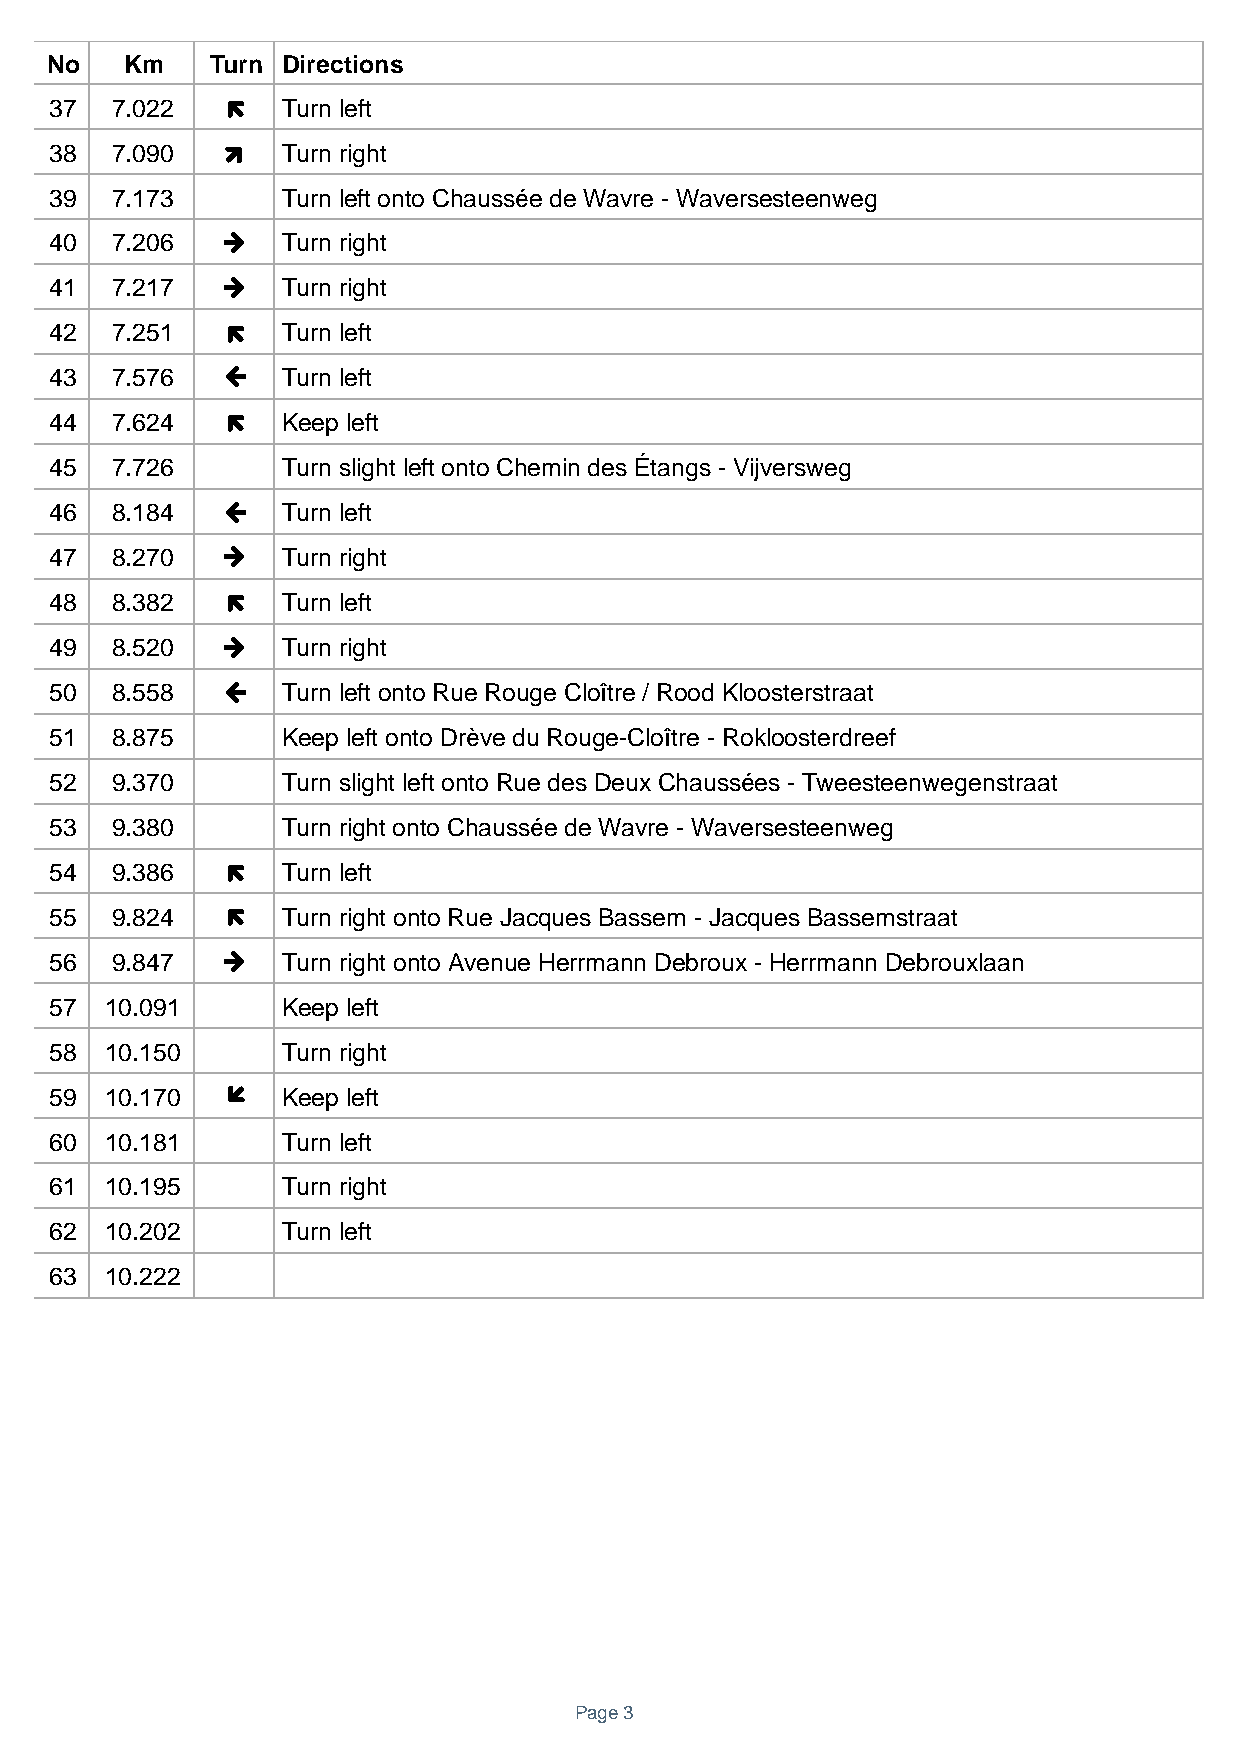
No   Km    Turn Directions
 37  7.022      Turn left
 38  7.090       Turn right
 
 39  7.173       Turn left onto Chaussée de Wavre - Waversesteenweg
 40  7.206       Turn right
 41  7.217       Turn right
 42  7.251      Turn left
 43  7.576       Turn left
 44  7.624      Keep left
 45  7.726       Turn slight left onto Chemin des Étangs - Vijversweg
 46  8.184       Turn left
 47  8.270       Turn right
 48  8.382      Turn left
 49  8.520       Turn right
 50  8.558       Turn left onto Rue Rouge Cloître / Rood Kloosterstraat
 51  8.875       Keep left onto Drève du Rouge-Cloître - Rokloosterdreef
 52  9.370       Turn slight left onto Rue des Deux Chaussées - Tweesteenwegenstraat
 53  9.380       Turn right onto Chaussée de Wavre - Waversesteenweg
 54  9.386      Turn left
 
 55  9.824       Turn right onto Rue Jacques Bassem - Jacques Bassemstraat
 56  9.847       Turn right onto Avenue Herrmann Debroux - Herrmann Debrouxlaan
 57  10.091      Keep left
 58  10.150      Turn right
 59  10.170      Keep left
 
 60  10.181      Turn left
 61  10.195      Turn right
 62  10.202      Turn left
 63  10.222
 Page 3
 
 
 
 
 
 
 
 